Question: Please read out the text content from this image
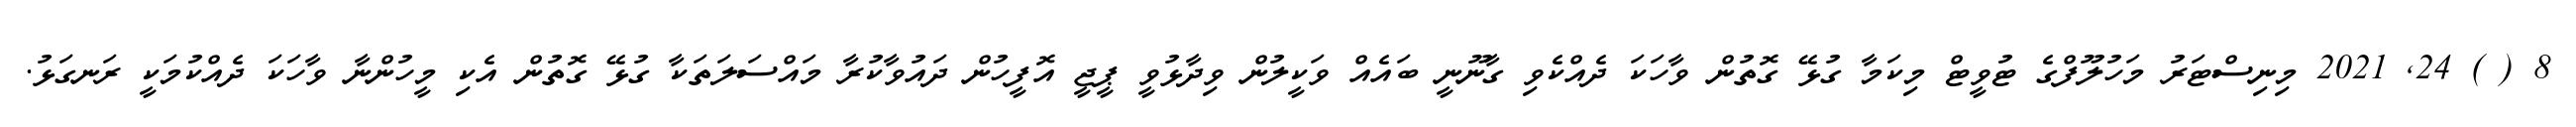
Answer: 8 ( ) 24, 2021 މިނިސްޓަރު މަހުލޫފްގެ ޓުވީޓް މިކަމާ ގުޅޭ ގޮތުން ވާހަކަ ދެއްކެވި ގާނޫނީ ބައެއް ވަކީލުން ވިދާޅުވީ ޕީޖީ އޮފީހުން ދައުވާކުރާ މައްސަލަތަކާ ގުޅޭ ގޮތުން އެކި މީހުންނާ ވާހަކަ ދެއްކުމަކީ ރަނގަޅު.